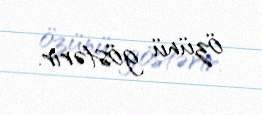
özünü göstərir.